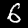
Digit: 6